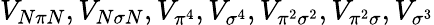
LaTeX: V_{N\pi N},V_{N\sigma N},V_{\pi^{4}},V_{\sigma^{4}},V_{\pi^{2}\sigma^{2}},V_{\pi^{2}\sigma},V_{\sigma^{3}}